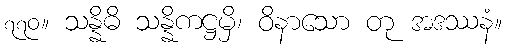
၇၇၀။ သန္နိဓိ သန္နိကဋ္ဌမှိ၊ ဝိနာသော တု အဒဿနံ။